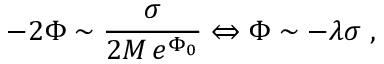
- 2 \Phi \sim \frac { \sigma } { 2 M \, e ^ { \Phi _ { 0 } } } \Leftrightarrow \Phi \sim - \lambda \sigma \; ,